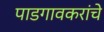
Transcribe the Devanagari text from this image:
पाडगावकरांचे